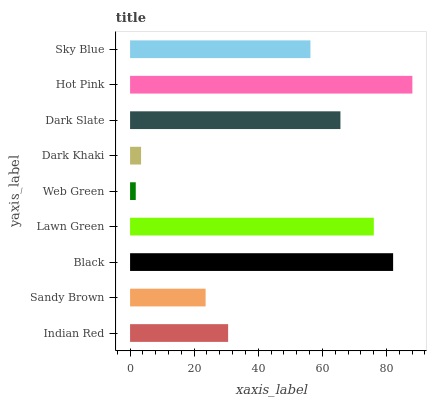
| yaxis_label | bars |
 | --- | --- |
 | Indian Red | 30.6 |
 | Sandy Brown | 23.6 |
 | Black | 82.1 |
 | Lawn Green | 76.1 |
 | Web Green | 1.77 |
 | Dark Khaki | 3.43 |
 | Dark Slate | 65.6 |
 | Hot Pink | 88.1 |
 | Sky Blue | 56.3 |